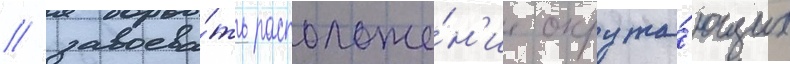
/ завоева́ть расположе́н'ие окружа́ющих